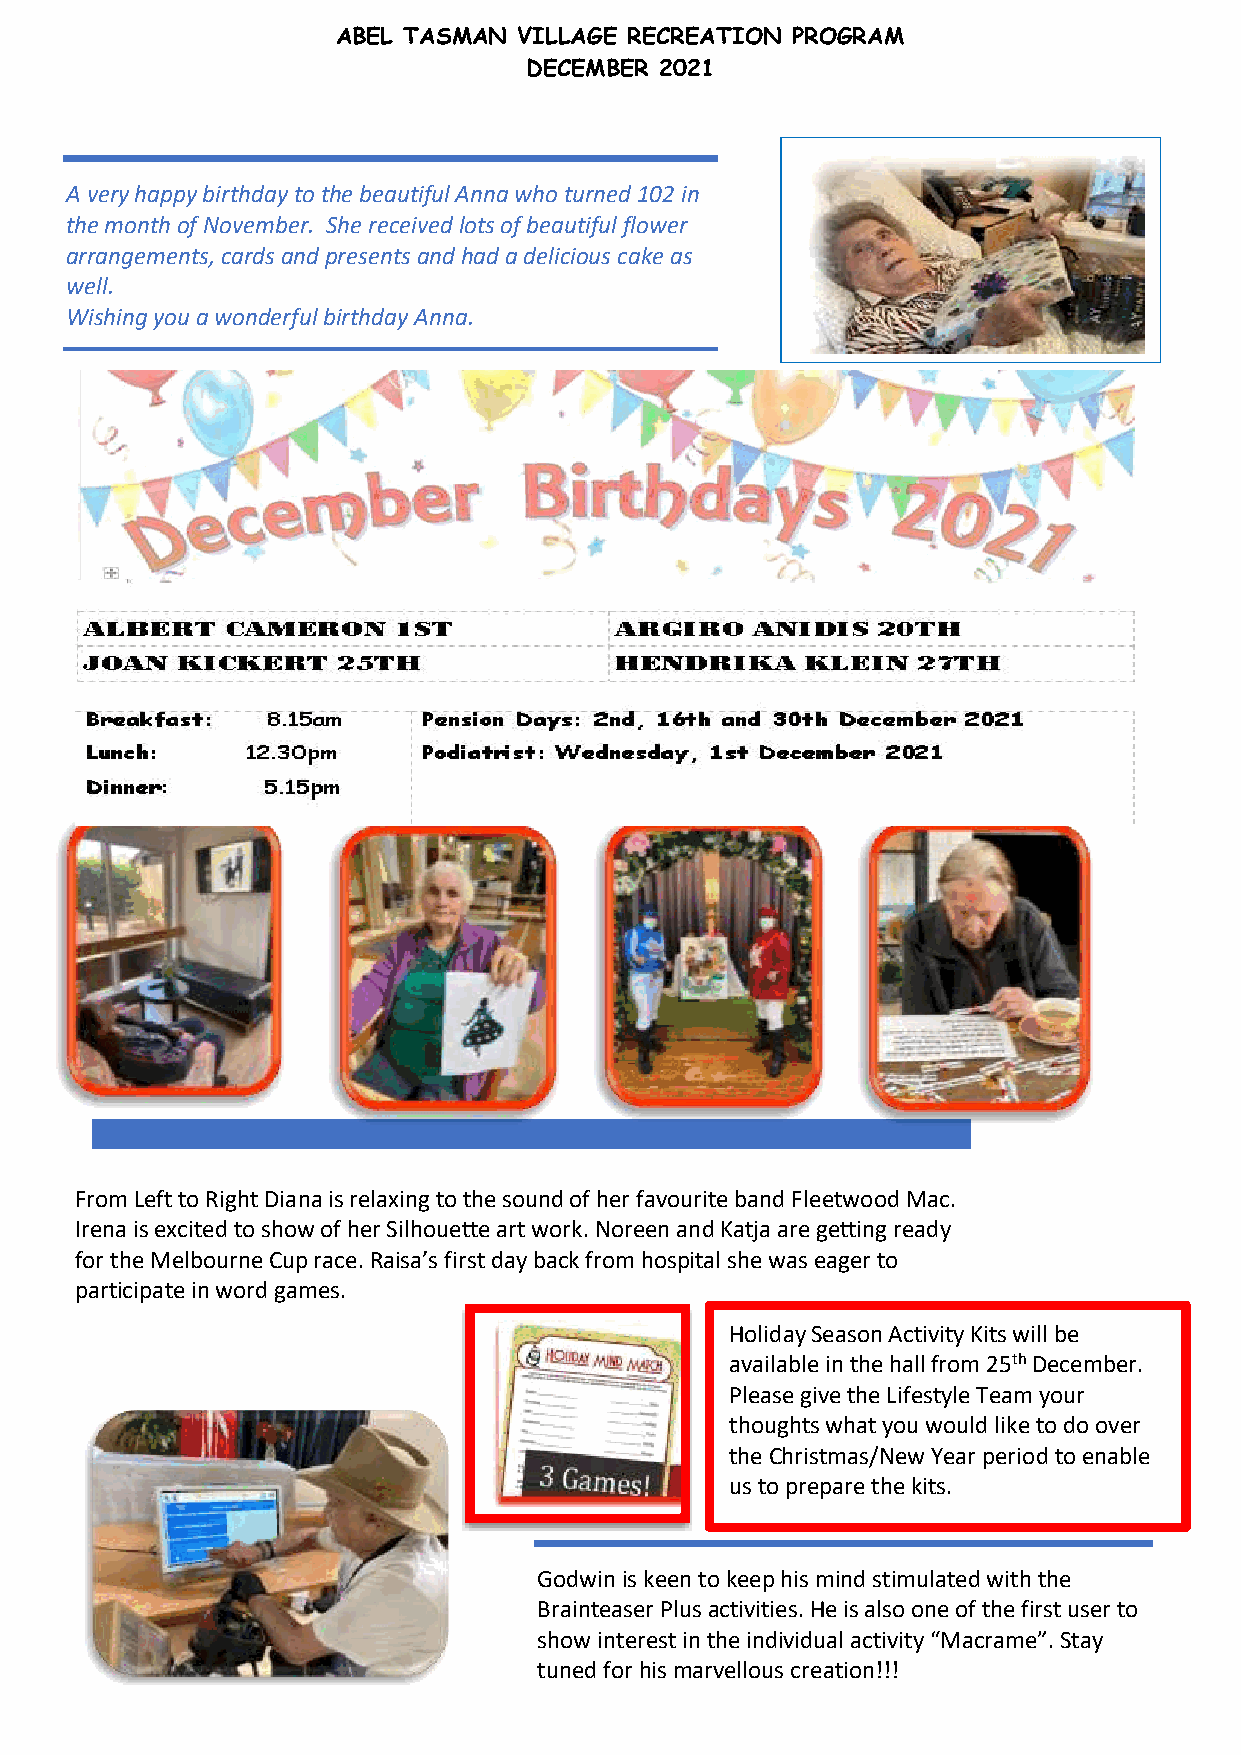
ABEL TASMAN VILLAGE RECREATION PROGRAM
 DECEMBER 2021
 A very happy birthday to the beautiful Anna who turned 102 in
 the month of November. She received lots of beautiful flower
 arrangements, cards and presents and had a delicious cake as
 well.
 Wishing you a wonderful birthday Anna.
 SSSSSSSSSs
 From Left to Right Diana is relaxing to the sound of her favourite band Fleetwood Mac.
 Irena is excited to show of her Silhouette art work. Noreen and Katja are getting ready
 for the Melbourne Cup race. Raisa’s first day back from hospital she was eager to
 participate in word games.
 Holiday Season Activity Kits will be
 available in the hall from 25th December.
 Please give the Lifestyle Team your
 thoughts what you would like to do over
 the Christmas/New Year period to enable
 us to prepare the kits.
 Godwin is keen to keep his mind stimulated with the
 Brainteaser Plus activities. He is also one of the first user to
 show interest in the individual activity “Macrame”. Stay
 tuned for his marvellous creation!!!